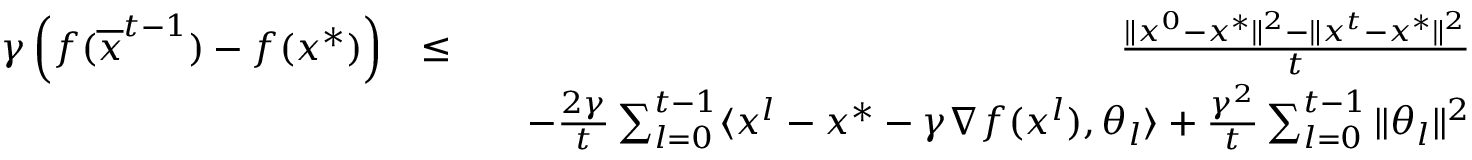
\begin{array} { r l r } { \gamma \left( f ( \overline { { x } } ^ { t - 1 } ) - f ( x ^ { * } ) \right) } & { \leq } & { \frac { \| x ^ { 0 } - x ^ { * } \| ^ { 2 } - \| x ^ { t } - x ^ { * } \| ^ { 2 } } { t } } \\ & { } & { \quad - \frac { 2 \gamma } { t } \sum _ { l = 0 } ^ { t - 1 } \langle x ^ { l } - x ^ { * } - \gamma \nabla f ( x ^ { l } ) , \theta _ { l } \rangle + \frac { \gamma ^ { 2 } } { t } \sum _ { l = 0 } ^ { t - 1 } \| \theta _ { l } \| ^ { 2 } } \end{array}